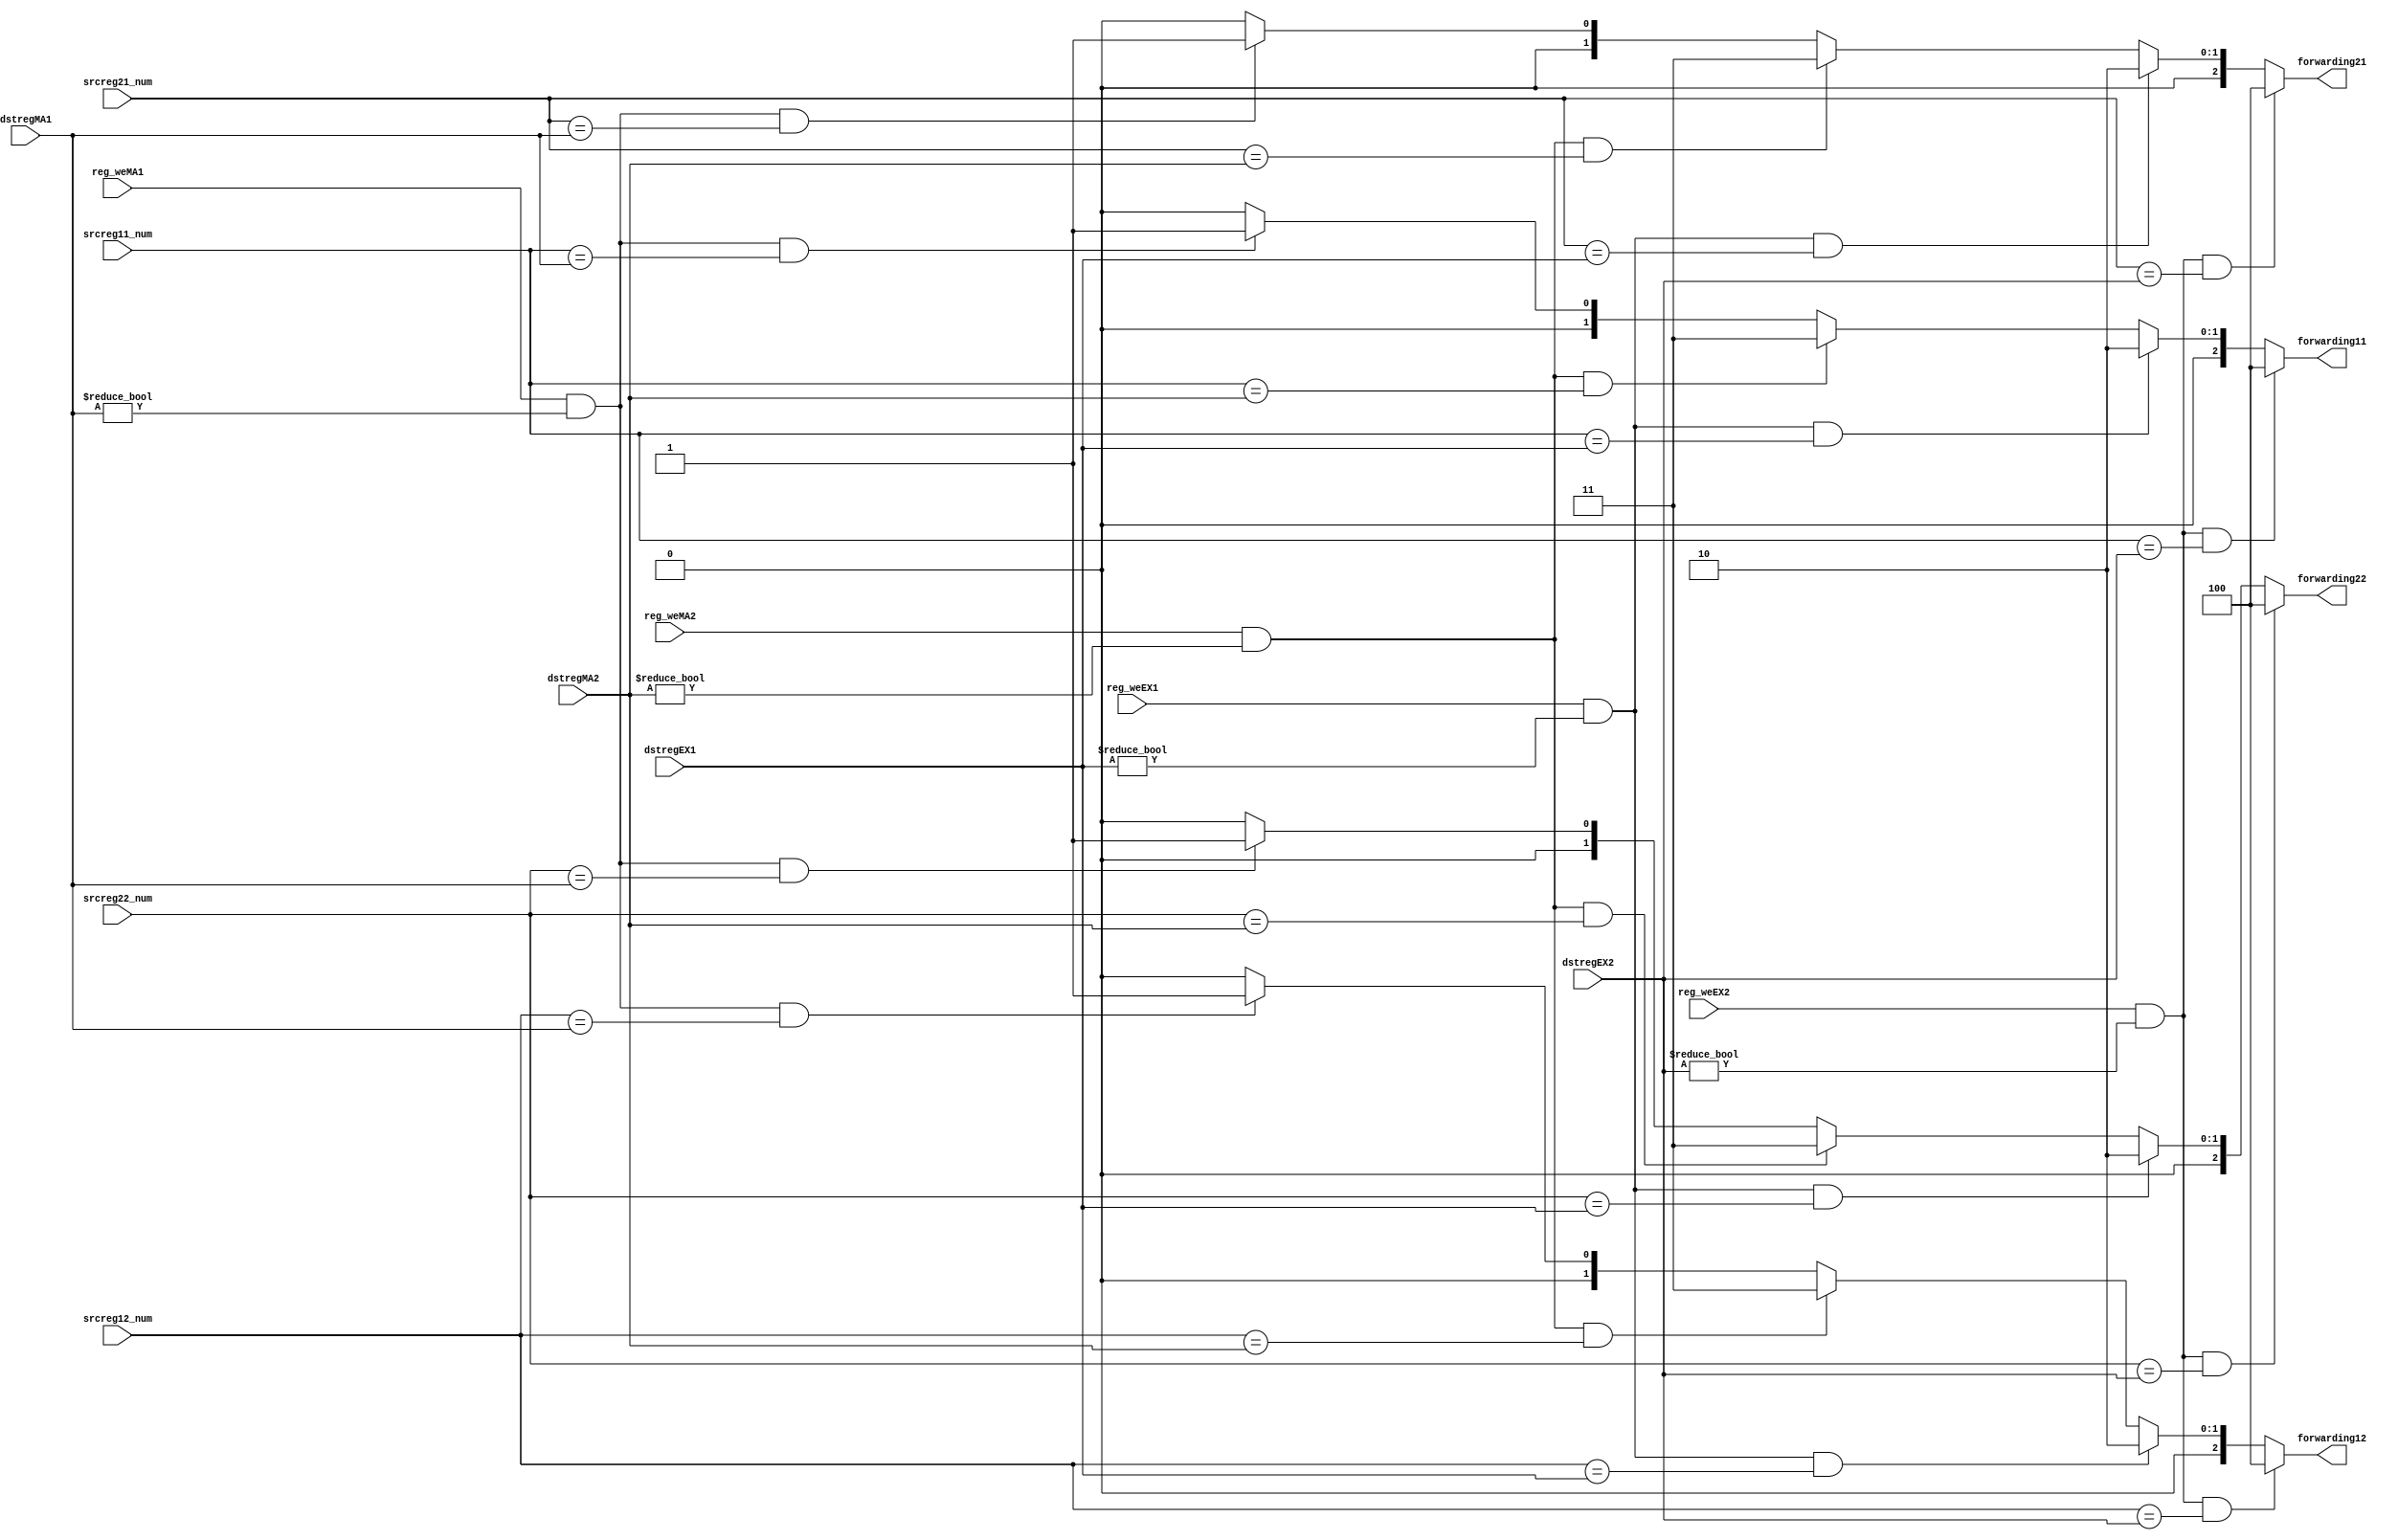
module forwarding_unit(
    input wire [4:0] dstregEX1, dstregEX2,
    input wire [4:0] dstregMA1, dstregMA2,
    input wire [4:0] srcreg11_num,
    input wire [4:0] srcreg12_num,
    input wire [4:0] srcreg21_num,
    input wire [4:0] srcreg22_num,
    input wire reg_weEX1, reg_weEX2,
    input wire reg_weMA1, reg_weMA2,
    output wire [2:0] forwarding11,
    output wire [2:0] forwarding12,
    output wire [2:0] forwarding21,
    output wire [2:0] forwarding22
);

function [2:0] forward;
    input [4:0] dstregEX1, dstregEX2;
    input [4:0] dstregMA1, dstregMA2;
    input [4:0] srcreg;
    input reg_weEX1, reg_weEX2, reg_weMA1, reg_weMA2;
    if (reg_weEX2 && (dstregEX2 != 5'd0) && (srcreg == dstregEX2)) begin
        forward = 3'd4;
    end
    else if (reg_weEX1 && (dstregEX1 != 5'd0) && (srcreg == dstregEX1)) begin
        forward = 3'd2;
    end
    else if (reg_weMA2 && (dstregMA2 != 5'd0) && (srcreg == dstregMA2)) begin
        forward = 3'd3;
    end
    else if (reg_weMA1 && (dstregMA1 != 5'd0) && (srcreg == dstregMA1)) begin
        forward = 3'd1;
    end
    else begin
        forward = 3'd0;
    end
endfunction

assign forwarding11 = forward(dstregEX1, dstregEX2, dstregMA1, dstregMA2, srcreg11_num, reg_weEX1, reg_weEX2, reg_weMA1, reg_weMA2);
assign forwarding12 = forward(dstregEX1, dstregEX2, dstregMA1, dstregMA2, srcreg12_num, reg_weEX1, reg_weEX2, reg_weMA1, reg_weMA2);
assign forwarding21 = forward(dstregEX1, dstregEX2, dstregMA1, dstregMA2, srcreg21_num, reg_weEX1, reg_weEX2, reg_weMA1, reg_weMA2);
assign forwarding22 = forward(dstregEX1, dstregEX2, dstregMA1, dstregMA2, srcreg22_num, reg_weEX1, reg_weEX2, reg_weMA1, reg_weMA2);

endmodule